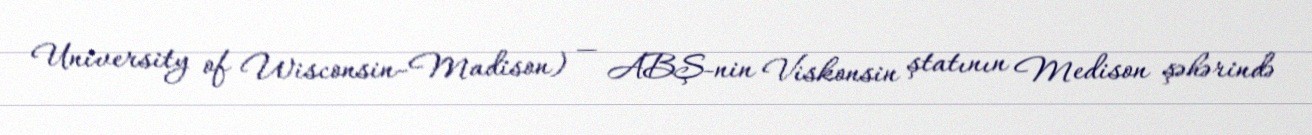
University of Wisconsin–Madison) — ABŞ-nin Viskonsin ştatının Medison şəhərində